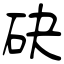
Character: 砄